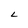
Character: L